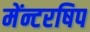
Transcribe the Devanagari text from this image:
मेंन्टरषिप